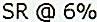
SR @ 6%